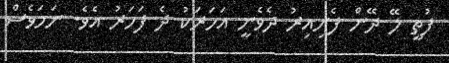
ފުތީ ލޭ ދޭން ފެށިއިރު ދެވެނީ އަހަރަކު ދެ ފަހަރު އެވެ. ނަމަވެސް